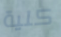
كلية